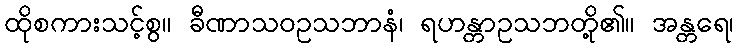
ထိုစကားသင့်စွ။ ခီဏာသဝဥသဘာနံ၊ ရဟန္တာဥသဘတို့၏။ အန္တရေ၊